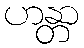
ဟန္တာ